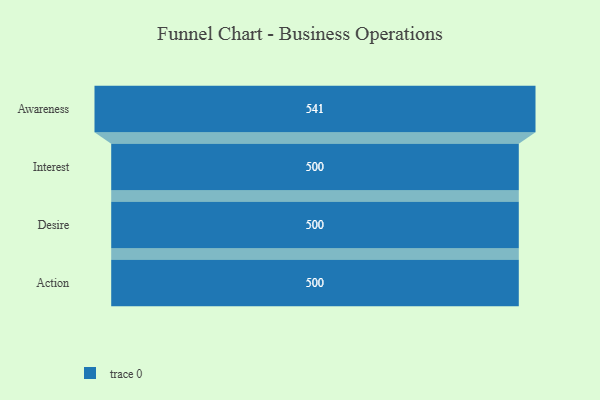
{"axis": {"x": "Stage", "y": "Value"}, "legend": [""], "data": [{"x": "Awareness", "y": 541.0, "type": ""}, {"x": "Interest", "y": 500, "type": ""}, {"x": "Desire", "y": 500, "type": ""}, {"x": "Action", "y": 500, "type": ""}]}